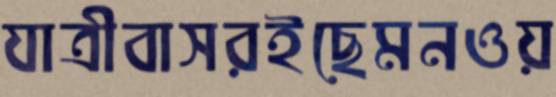
যাত্রীবাসরইছেমনওয়